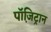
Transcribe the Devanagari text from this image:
पॉजि़ट्रान